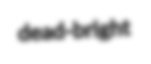
dead-bright